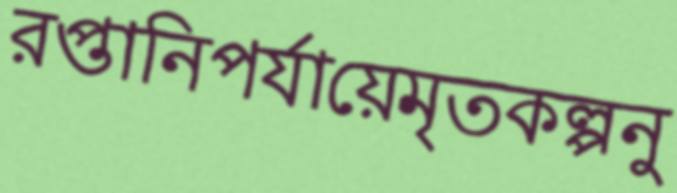
রপ্তানিপর্যায়েমৃতকল্পনু